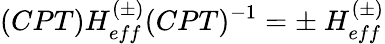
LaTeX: (CPT)H_{eff}^{(\pm)}(CPT)^{-1}=\pm\ H_{eff}^{(\pm)}